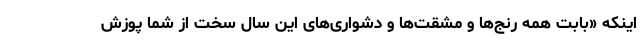
اینکه «بابت همه رنج‌ها و مشقت‌ها و دشواری‌های این سال سخت از شما پوزش